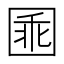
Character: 𡇸